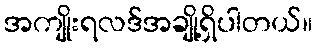
အကျိုးရလဒ်အချို့ရှိပါတယ်။